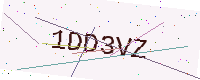
Text: 1DD3VZ